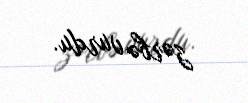
zərbə vurdu.